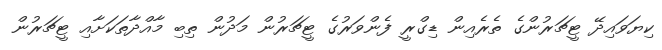
ކިޔަވައިދޭ ޓީޗަރުންގެ ތެރެއިން ޑިގްރީ ފެންވަރުގެ ޓީޗަރުން މަދުން ތިބި މާއްދާތަކަށާއި ޓީޗަރުން